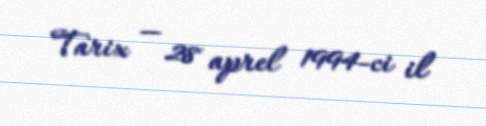
Tarix — 28 aprel 1994-ci il